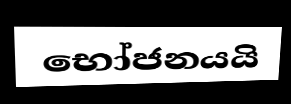
භෝජනයයි